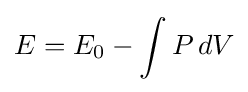
E=E_{0}-\int P\,dV